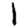
Digit: 1